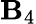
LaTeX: \mathbf{B}_{4}